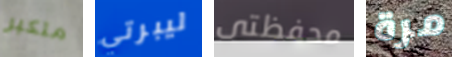
متكبر ليبرتي محفظتى مرة